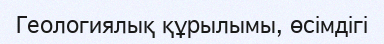
Геологиялық құрылымы, өсімдігі